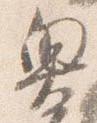
奥